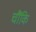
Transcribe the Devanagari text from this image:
चौंकि